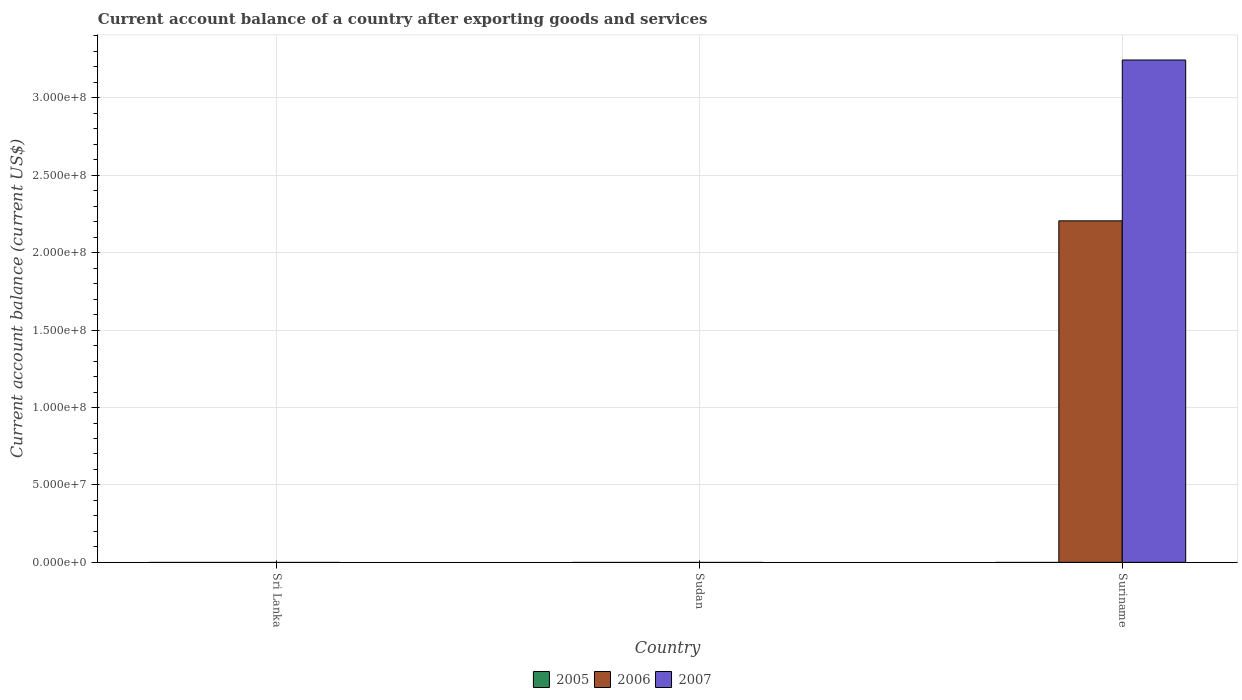
| Country | 2005 | 2006 | 2007 |
 | --- | --- | --- | --- |
 | Sri Lanka | -6.5e+08 | -1.5e+09 | -1.4e+09 |
 | Sudan | -2.47e+09 | -6.5e+09 | -3.6e+09 |
 | Suriname | -1.44e+08 | 2.21e+08 | 3.24e+08 |